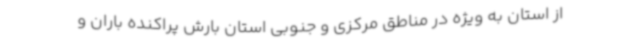
از استان به ویژه در مناطق مرکزی و جنوبی استان بارش پراکنده باران و